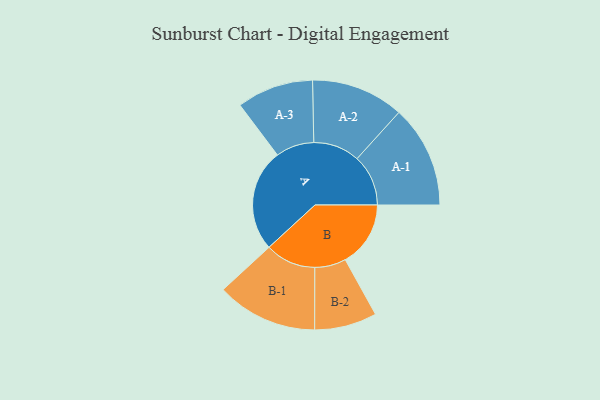
{"axis": {"x": "Segment", "y": "Value"}, "legend": ["", "A", "B"], "data": [{"x": "A", "y": 486, "type": ""}, {"x": "B", "y": 310, "type": ""}, {"x": "A-1", "y": 243, "type": "A"}, {"x": "A-2", "y": 220, "type": "A"}, {"x": "A-3", "y": 182, "type": "A"}, {"x": "B-1", "y": 240, "type": "B"}, {"x": "B-2", "y": 148, "type": "B"}]}